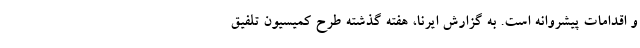
و اقدامات پیشروانه است. به گزارش ایرنا، هفته گذشته طرح کمیسیون تلفیق